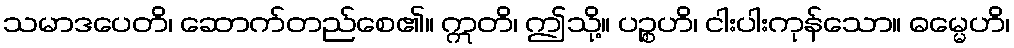
သမာဒပေတိ၊ ဆောက်တည်စေ၏။ ဣတိ၊ ဤသို့။ ပဉ္စဟိ၊ ငါးပါးကုန်သော။ ဓမ္မေဟိ၊